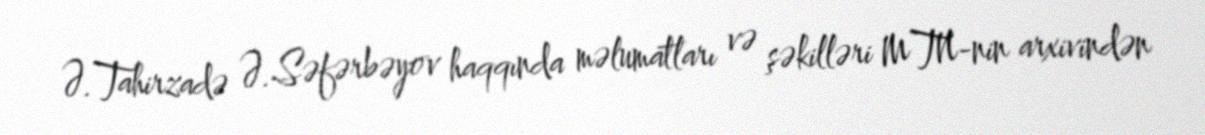
Ə.Tahirzadə Ə.Səfərbəyov haqqında məlumatları və şəkilləri MTN-nin arxivindən